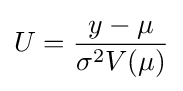
U={\frac {y-\mu }{\sigma ^{2}V(\mu )}}